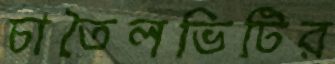
চাতৈলভিটির